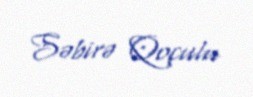
Səbirə Qoçulu